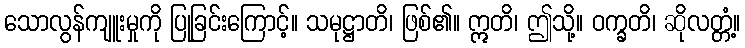
သောလွန်ကျူးမှုကို ပြုခြင်းကြောင့်။ သမုဋ္ဌာတိ၊ ဖြစ်၏။ ဣတိ၊ ဤသို့။ ဝက္ခတိ၊ ဆိုလတ္တံ့။